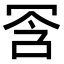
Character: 𫤺